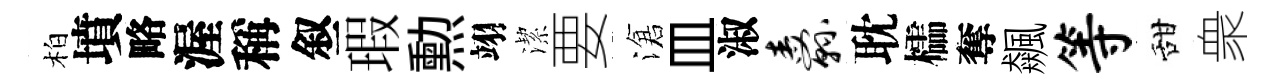
柏墳略渥稱叙瑕勲翊潔要滄皿淑纛耽櫺奪飆等甜衆